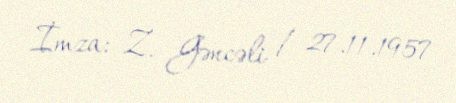
İmza: Z. Gəncəli / 27.11.1957